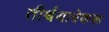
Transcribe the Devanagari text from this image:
तीर्थयात्रेकरू